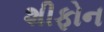
શીફોન